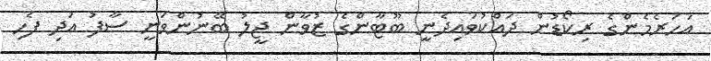
އަހަރެމެންގެ ރިކޯޑުން ދައްކުވައިދެނީ ބޫޓާންގެ ޒުވާން ޖީލު ބޭނުންވަނީ ސާފު އަދި ފެހި